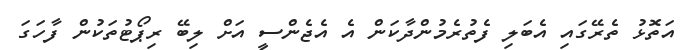
އަތޮޅު ތެރޭގައި އެބަލި ފެތުރެމުންދާކަން އެ އެޖެންސީ އަށް ލިބޭ ރިޕޯޓުތަކުން ފާހަގަ